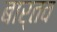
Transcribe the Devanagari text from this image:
बार्तव